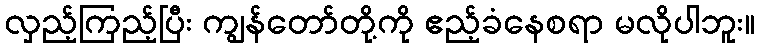
လှည့်ကြည့်ပြီး ကျွန်တော်တို့ကို ဧည့်ခံနေစရာ မလိုပါဘူး။